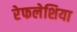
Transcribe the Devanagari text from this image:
रेफलेशिया